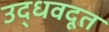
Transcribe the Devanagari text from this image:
उद्धवदूत